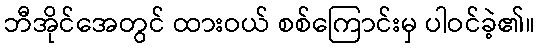
ဘီအိုင်အေတွင် ထားဝယ် စစ်ကြောင်းမှ ပါဝင်ခဲ့၏။